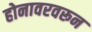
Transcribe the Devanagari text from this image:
होनावरवरून